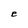
Character: e